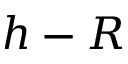
h - R